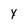
Character: Y